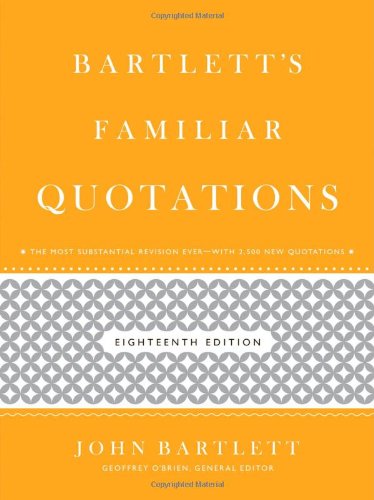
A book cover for Bartlett's Familiar Quotations; Geoffrey O'Brien; Reference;